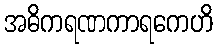
အဓိကရဏကာရကေဟိ